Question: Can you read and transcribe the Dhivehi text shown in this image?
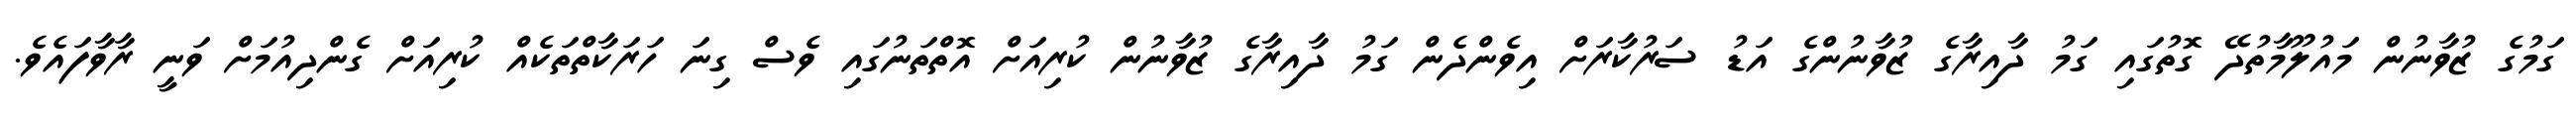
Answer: ގަމުގެ ޒުވާނުން މައުލޫމާތުދޭ ގޮތުގައި ގަމު ދާއިރާގެ ޒުވާނުންގެ އަޑު ސަރުކާރަށް އިވެންދެން ގަމު ދާއިރާގެ ޒުވާނުން ކުރިއަށް އޮތްތަނުގައި ވެސް ގިނަ ހަރަކާތްތަކެއް ކުރިއަށް ގެންދިއުމަށް ވަނީ ރާވާފައެވެ.